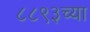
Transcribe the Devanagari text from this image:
८८९३च्या